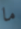
ما